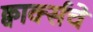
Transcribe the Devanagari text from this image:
क्वार्क्सचे